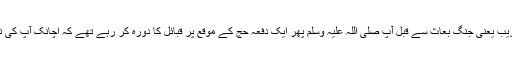
اس کے بعد اسی زمانہ کے قریب یعنی جنگ بُعَاثْ سے قبل آپ صلی اللہ علیہ وسلم پھر ایک دفعہ حج کے موقع پر قبائل کا دورہ کر رہے تھے کہ اچانک آپ کی نظر چند اجنبی آدمیوں پر پڑی۔